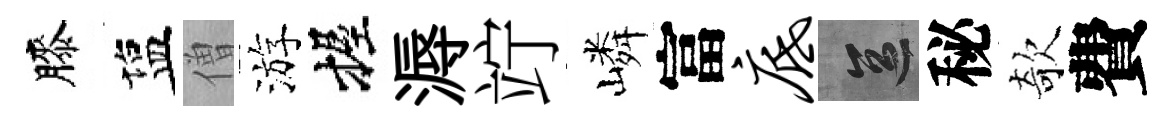
膝塩僧游握溽竚嶙富底區秘欹費